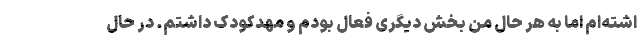
اشته‌ام اما به هر حال من بخش دیگری فعال بودم و مهدکودک داشتم. در حال